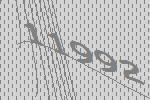
11992